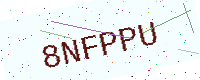
Text: 8NFPPU